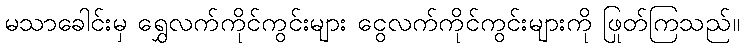
မသာခေါင်းမှ ရွှေလက်ကိုင်ကွင်းများ ငွေလက်ကိုင်ကွင်းများကို ဖြုတ်ကြသည်။